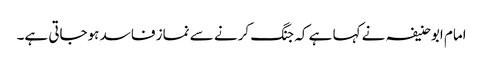
امام ابوحنیفہ نے کہا ہے کہ جنگ کرنے سے نماز فاسد ہوجاتی ہے۔